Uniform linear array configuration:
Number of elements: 12
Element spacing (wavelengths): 0.25
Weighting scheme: hamming
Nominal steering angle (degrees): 60
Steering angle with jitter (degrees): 58.028
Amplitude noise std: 0.05
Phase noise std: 0.05

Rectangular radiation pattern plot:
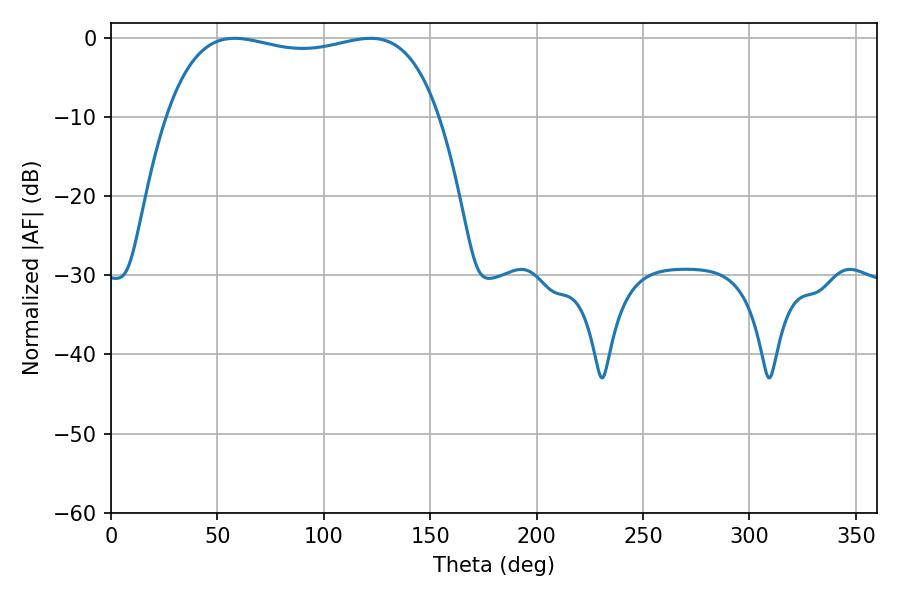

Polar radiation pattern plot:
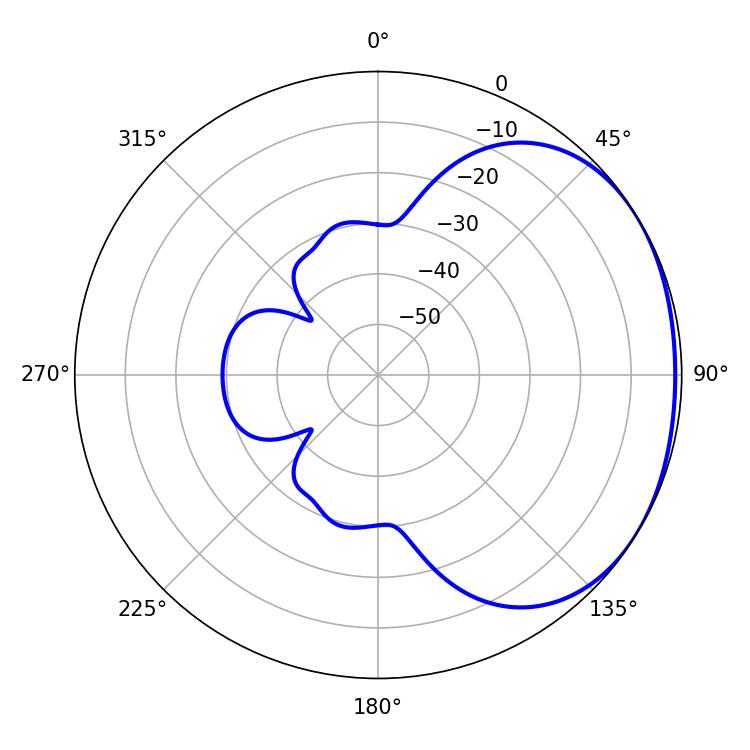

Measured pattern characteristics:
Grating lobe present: FALSE
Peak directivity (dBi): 1.522
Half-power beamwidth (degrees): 103.68
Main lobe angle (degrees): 58.14